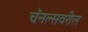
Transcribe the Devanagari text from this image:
चॅनल्सवरील